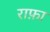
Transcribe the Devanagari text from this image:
राफ़ा